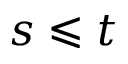
s \leqslant t